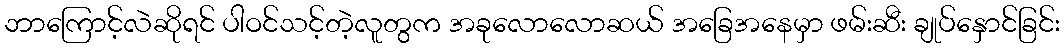
ဘာကြောင့်လဲဆိုရင် ပါဝင်သင့်တဲ့လူတွက အခုလောလောဆယ် အခြေအနေမှာ ဖမ်းဆီး ချုပ်နှောင်ခြင်း